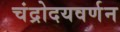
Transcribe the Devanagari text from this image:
चंद्रोदयवर्णन